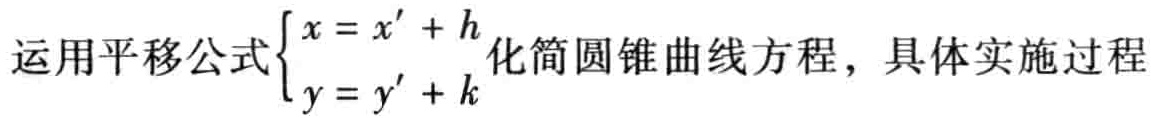
运用平移公式$\begin{cases}x = x' + h\\y = y' + k\end{cases}$化简圆锥曲线方程，具体实施过程